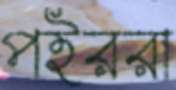
পইররা